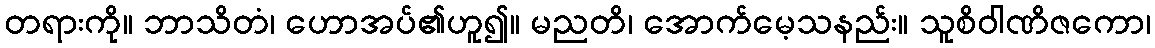
တရားကို။ ဘာသိတံ၊ ဟောအပ်၏ဟူ၍။ မညတိ၊ အောက်မေ့သနည်း။ သူစိဝါဏိဇကော၊